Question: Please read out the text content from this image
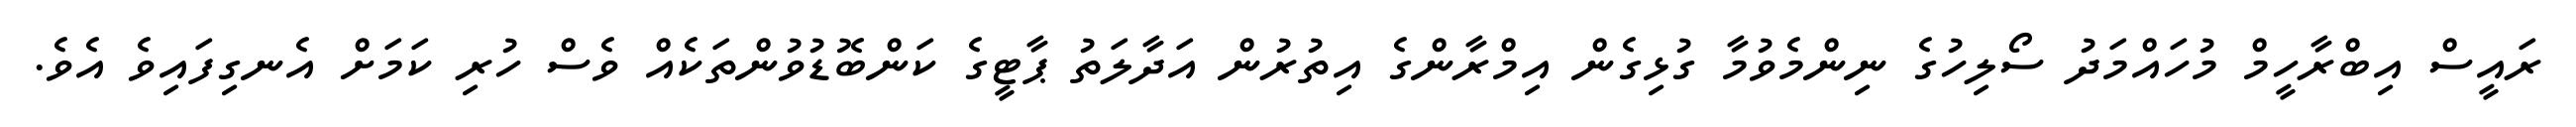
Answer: ރައީސް އިބްރާހީމް މުހައްމަދު ސޯލިހުގެ ނިންމެވުމާ ގުޅިގެން އިމްރާންގެ އިތުރުން އަދާލަތު ޕާޓީގެ ކަންބޮޑުވުންތަކެއް ވެސް ހުރި ކަމަށް އެނގިފައިވެ އެވެ.